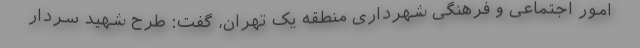
امور اجتماعی و فرهنگی شهرداری منطقه یک تهران، گفت: طرح شهید سردار